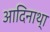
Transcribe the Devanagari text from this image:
आदिनाथ्‍ा